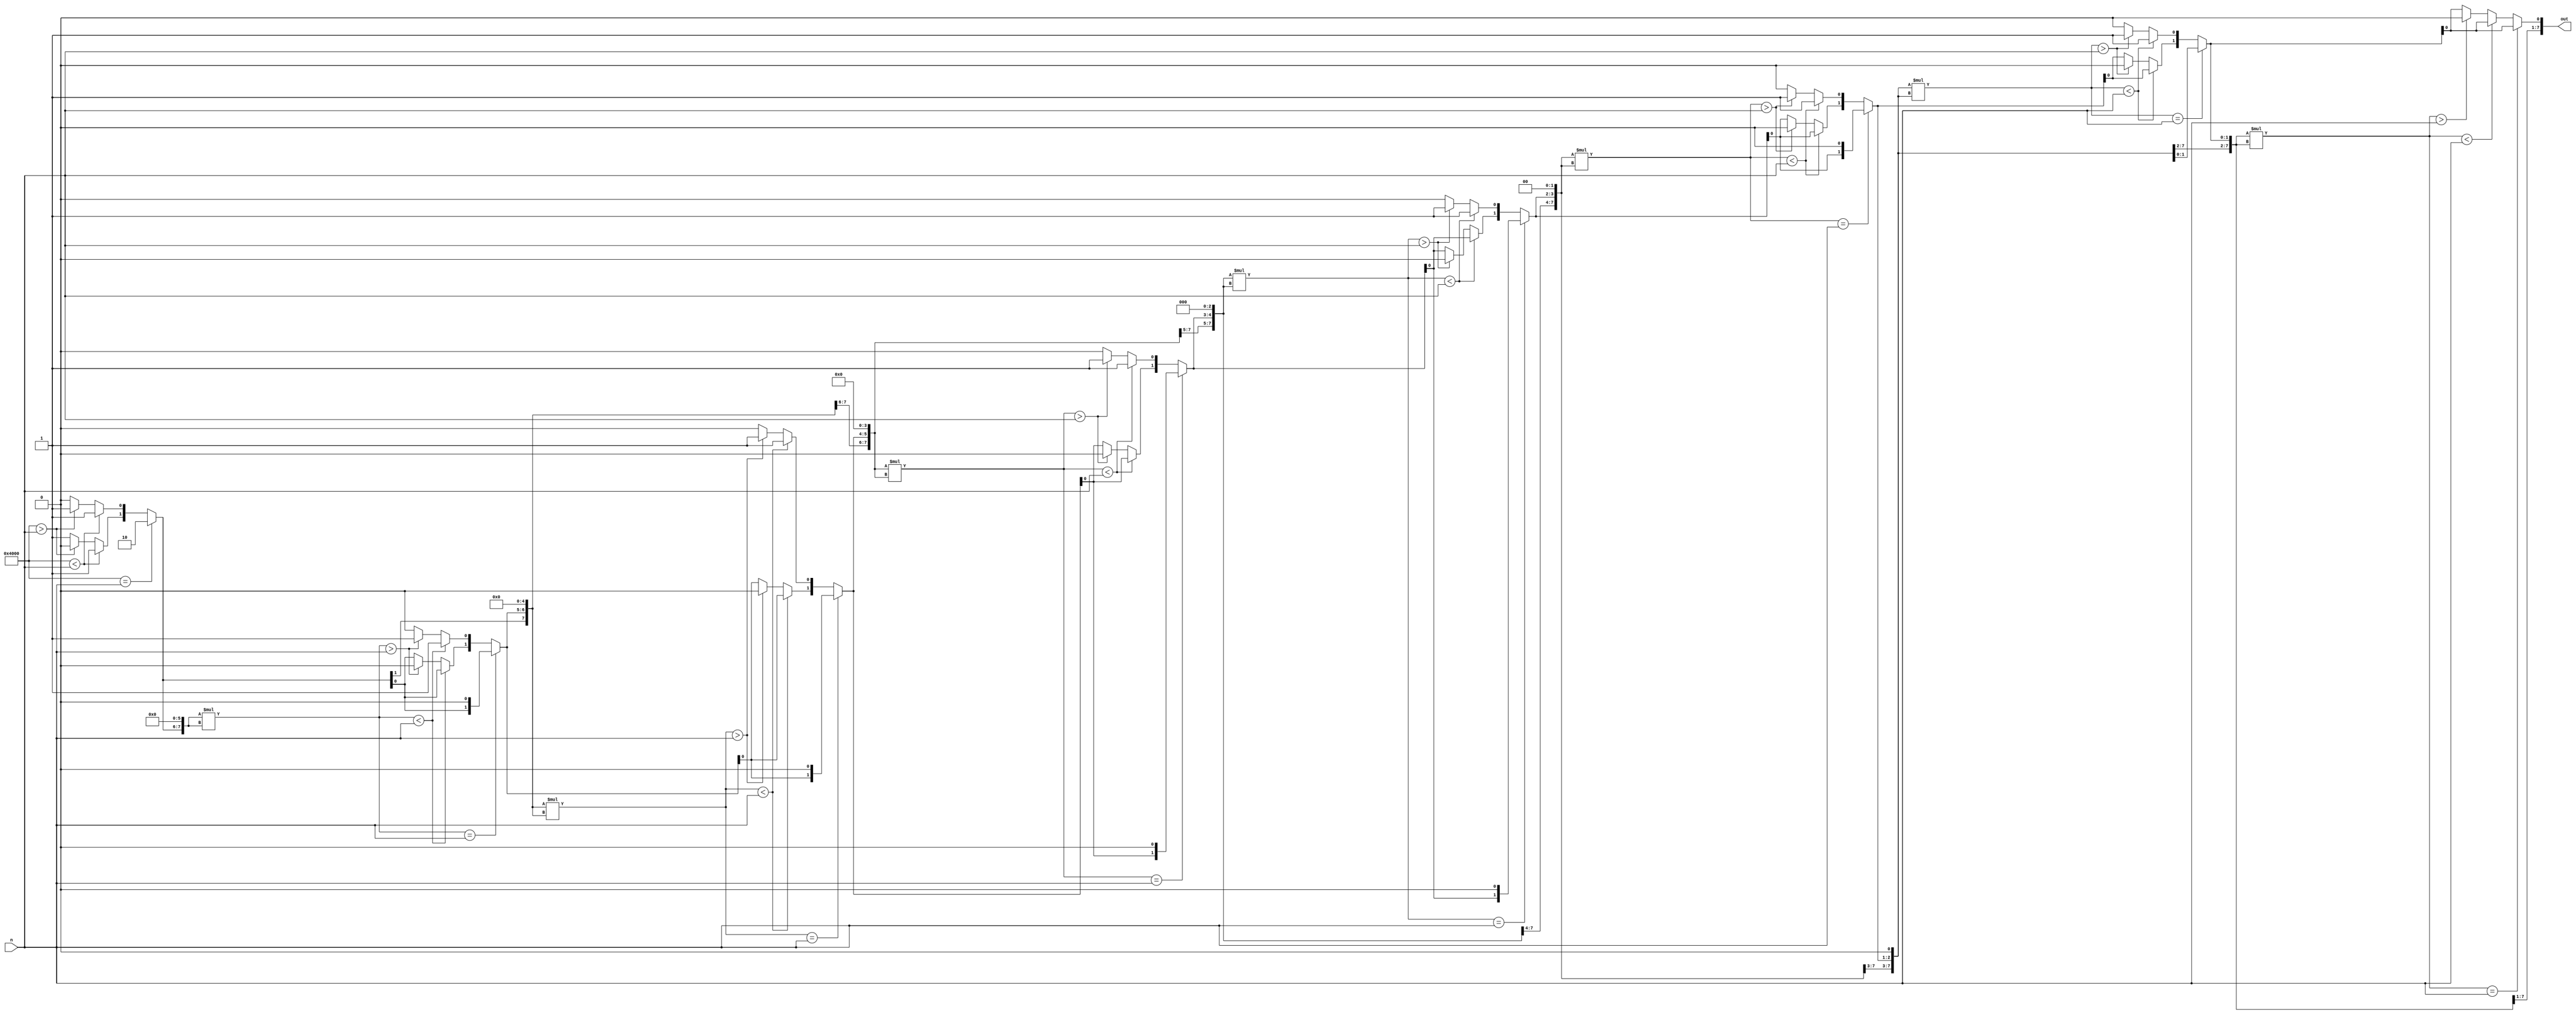
//Code by Shashank Shivashankar - 09/07/2020
//16-bit number square root design
//Reference: http://ww1.microchip.com/downloads/en/appnotes/91040a.pdf

module sqroot(n, out);
input [15:0] n;
output [7:0] out; 

wire [7:0] out;

integer i;
reg [7:0] temp; 

assign out = temp; 

always@(n)
begin
  temp = 8'h80;
  for(i = 7; i >= 0; i = i-1)
  begin
    if(temp * temp == n)
      temp = temp; 
    else if(temp * temp < n)
      temp[i-1] = 1;
    else if(temp * temp > n)
    begin
      temp[i] = 0;
      temp[i-1] = 1; 
    end
  end
end
endmodule